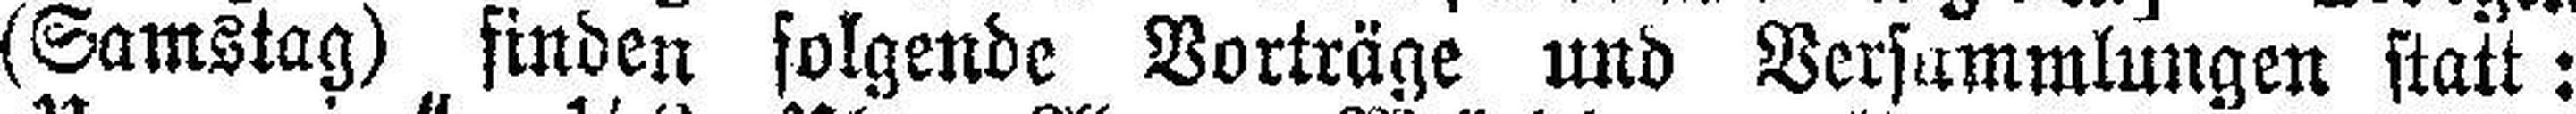
(Samstag) finden folgende Vorträge und Versammlungen statt: